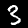
Digit: 3